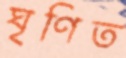
ঘৃণিত